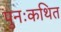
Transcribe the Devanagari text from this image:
पुनःकथित